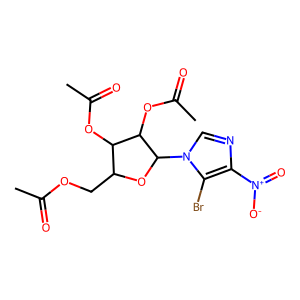
SMILES: CC(=O)OCC1OC(n2cnc([N+](=O)[O-])c2Br)C(OC(C)=O)C1OC(C)=O
Inhibits HIV replication: No